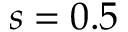
s = 0 . 5